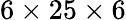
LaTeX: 6\times 25\times 6